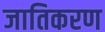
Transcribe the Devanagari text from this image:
जातिकरण